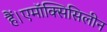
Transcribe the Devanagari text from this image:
हैं।एमॉक्सिसिलीन